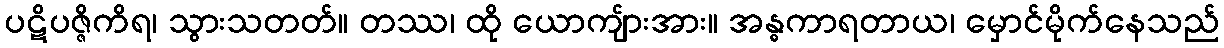
ပဋိပဇ္ဇိကိရ၊ သွားသတတ်။ တဿ၊ ထို ယောကျ်ားအား။ အန္ဓကာရတာယ၊ မှောင်မိုက်နေသည်